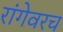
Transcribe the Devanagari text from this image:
रांगेवरच